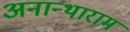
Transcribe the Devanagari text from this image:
अनान्थाराम